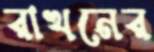
রাখনের